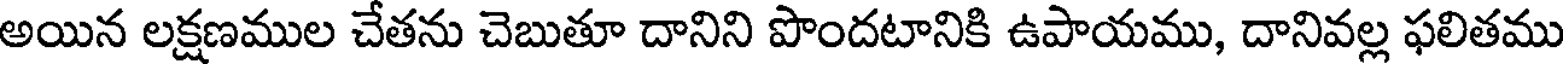
అయిన లక్షణముల చేతను చెబుతూ దానిని పొందటానికి ఉపాయము, దానివల్ల ఫలితము